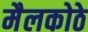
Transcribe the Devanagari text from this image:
मैलकोठे